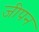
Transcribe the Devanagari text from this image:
जीपन